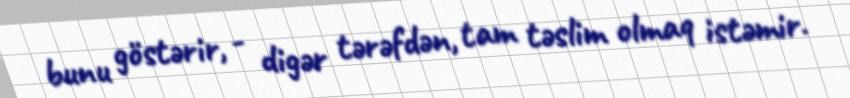
bunu göstərir, - digər tərəfdən, tam təslim olmaq istəmir.